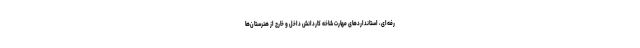
رفه‌ای، استانداردهای مهارت شاخه کاردانش داخل و خارج از هنرستان‌ها